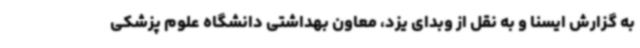
به گزارش ایسنا و به نقل از وبدای یزد، معاون بهداشتی دانشگاه علوم پزشکی